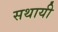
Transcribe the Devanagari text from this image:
सथायी